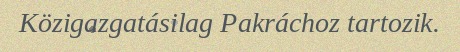
Közigazgatásilag Pakráchoz tartozik.